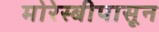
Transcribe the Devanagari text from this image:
मोरेस्बीपासून